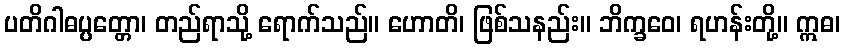
ပတိဂါဓပ္ပတ္တော၊ တည်ရာသို့ ရောက်သည်။ ဟောတိ၊ ဖြစ်သနည်း။ ဘိက္ခဝေ၊ ရဟန်းတို့။ ဣဓ၊